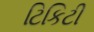
ટિકિટી